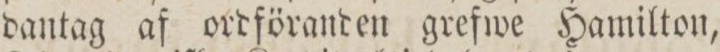
dantag af ordföranden grefwe Hamilton,